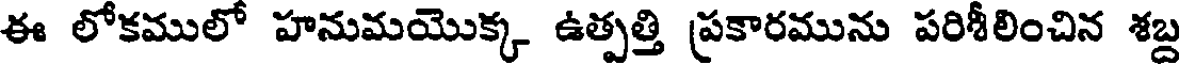
ఈ లోకములో హనుమయొక్క ఉత్పత్తి ప్రకారమును పరిశీలించిన శబ్ద